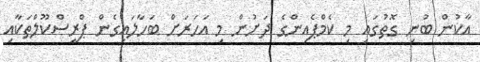
އާކުން ބުނި ގޮތުގައި މި ކެމްޕެއިންގެ ދަށުން މި އަހަރަށް ބަަހާލައިގެން ޕްރީސްކޫލްތަކާއި